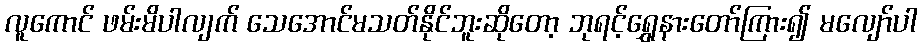
လူကောင် ဖမ်းမိပါလျက် သေအောင်မသတ်နိုင်ဘူးဆိုတော့ ဘုရင့်ရွှေနားတော်ကြား၍ မလျော်ပါ